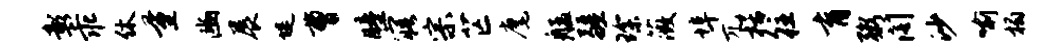
彰乖休量豳展堤曹瞳寤宗芒麾艋疆琛薇埠兀栝往育粥阁沙喻榻